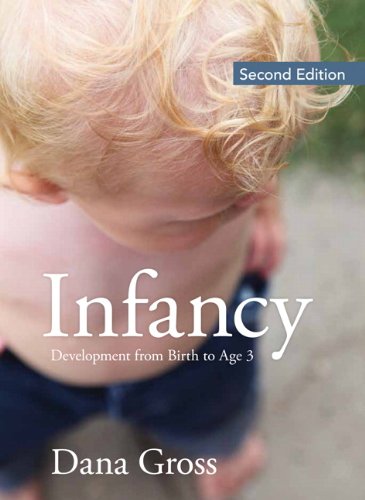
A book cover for Infancy: Development From Birth to Age 3 (2nd Edition); Dana Gross; Politics & Social Sciences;